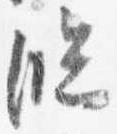
臨